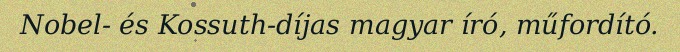
Nobel- és Kossuth-díjas magyar író, műfordító.